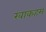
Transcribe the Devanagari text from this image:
खाकहम